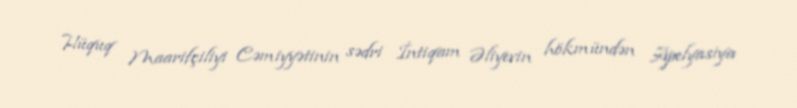
Hüquq Maarifçiliyi Cəmiyyətinin sədri İntiqam Əliyevin hökmündən Apelyasiya